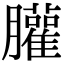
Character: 䑏